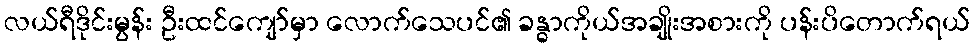
လယ်ရီဒိုင်းမွန်း ဦးထင်ကျော်မှာ လောက်သေပင်၏ ခန္ဓာကိုယ်အချိုးအစားကို ပန်းပိတောက်ရယ်